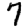
Digit: 7